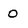
Character: 0